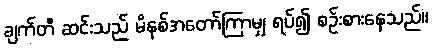
ချက်တီ ဆင်းသည် မိနစ်အတော်ကြာမျှ ရပ်၍ စဉ်းစားနေသည်။